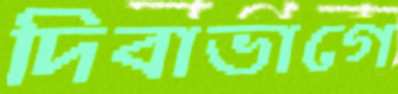
দিবাভাগে